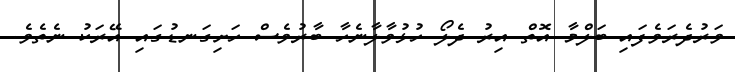
ވަރުދެރަވެފައި ބަލްމާ އޮތް އިރު ދެލޯ ހުޅުވާލާނެހާ ބާރުވެސް ހަށިގަނޑުގައި އޭރަކު ނެތެވެ.